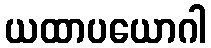
ယထာပယောဂါ